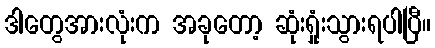
ဒါတွေအားလုံးက အခုတော့ ဆုံးရှုံးသွားရပါပြီ။